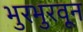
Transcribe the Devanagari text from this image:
भुरभुरवून